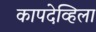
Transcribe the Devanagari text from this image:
कापदेव्हिला